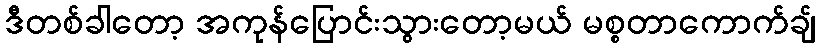
ဒီတစ်ခါတော့ အကုန်ပြောင်းသွားတော့မယ် မစ္စတာကောက်ချ်